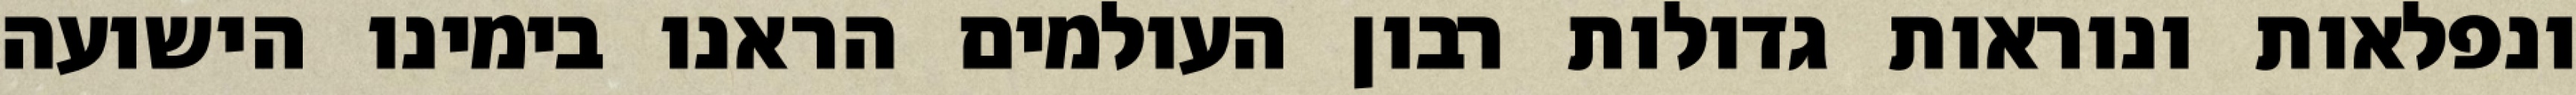
ונפלאות ונוראות גדולות רבון העולמים הראנו בימינו הישועה